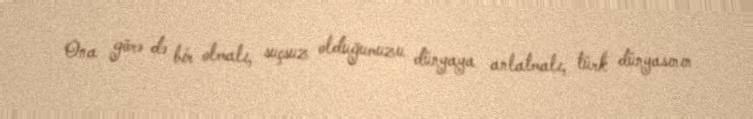
Ona görə də bir olmalı, suçsuz olduğumuzu dünyaya anlatmalı, türk dünyasının